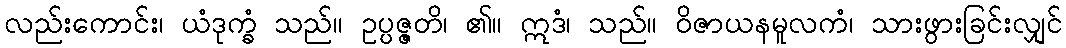
လည်းကောင်း၊ ယံဒုက္ခံ သည်။ ဥပ္ပဇ္ဇတိ၊ ၏။ ဣဒံ၊ သည်။ ဝိဇာယနမူလကံ၊ သားဖွားခြင်းလျှင်